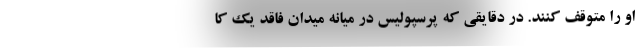
او را متوقف کنند. در دقایقی که پرسپولیس در میانه میدان فاقد یک کا